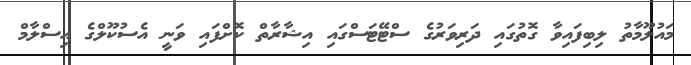
މައުލޫމާތު ލިބިފައިވާ ގޮތުގައި ދަރިވަރުގެ ސްޓޭޓަސްގައި އިޝާރާތް ކޮށްފައި ވަނީ އެސުކޫލްގެ އިސްލާމް